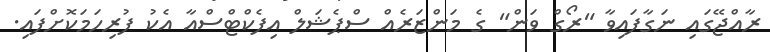
ރާއްޖޭގައި ނަގާފައިވާ "ރޯގް ވަން" ގެ މަންޒަރެއް ސްޕެޝަލް އިފެކްޓްސްއާ އެކު ފުރިހަމަކޮށްފައި.